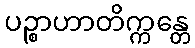
ပဉ္စာဟာတိက္ကန္တေ